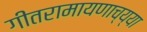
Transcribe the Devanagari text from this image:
गीतरामायणाच्य्या